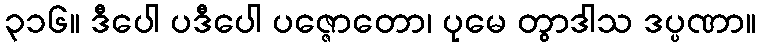
၃၁၆။ ဒီပေါ ပဒီပေါ ပဇ္ဇောတော၊ ပုမေ တွာဒါသ ဒပ္ပဏာ။